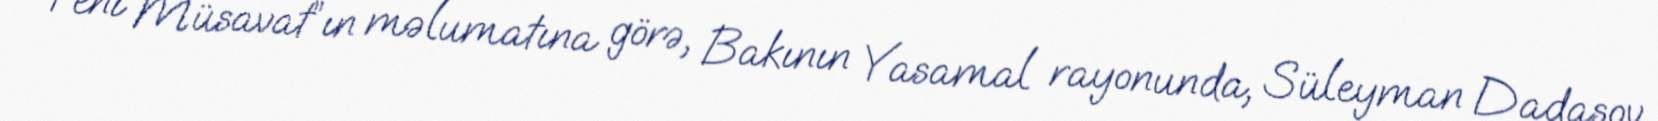
“Yeni Müsavat”ın məlumatına görə, Bakının Yasamal rayonunda, Süleyman Dadaşov